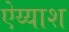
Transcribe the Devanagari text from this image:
ऐय्याश